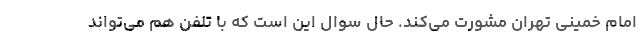
امام خمینی تهران مشورت می‌کند. حال سوال این است که با تلفن هم می‌تواند